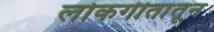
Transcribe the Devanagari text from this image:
लोकगीतांतून